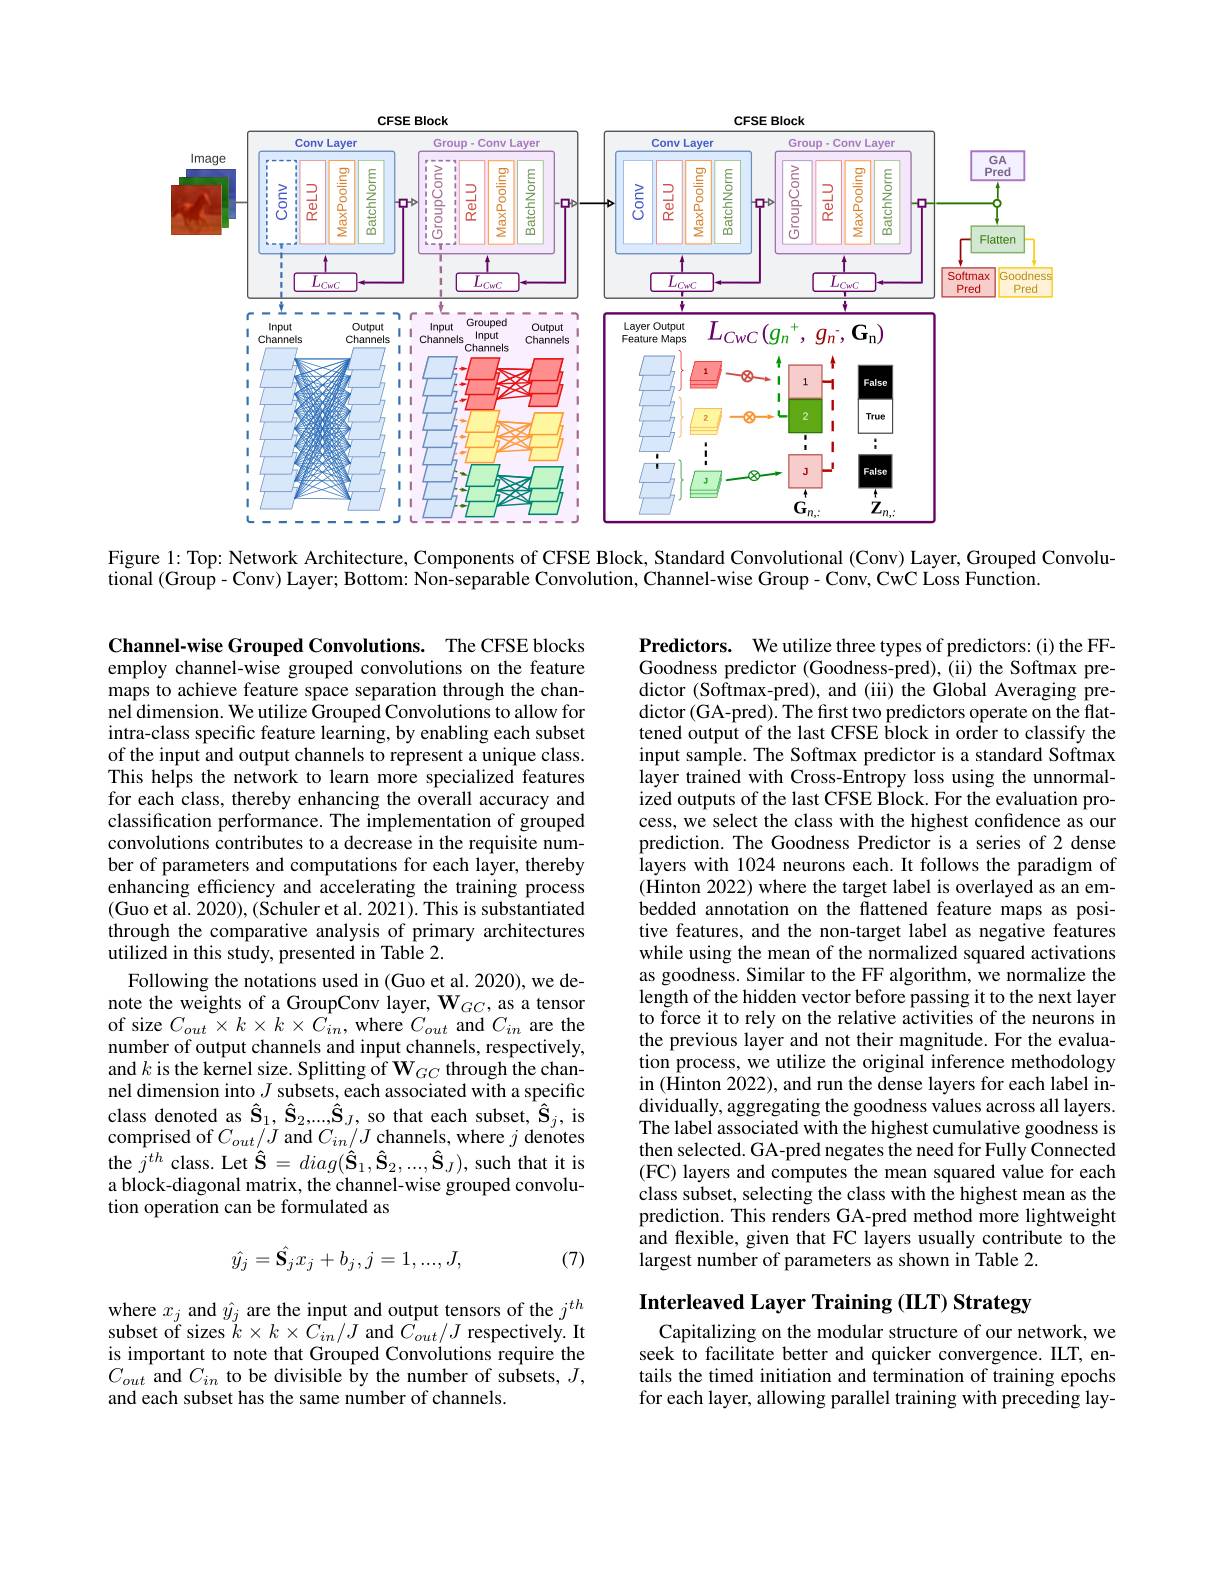
<FigureHere>

Figure 1: Top: Network Architecture, Components of CFSE Block, Standard Convolutional (Conv) Layer, Grouped Convolu-
tional (Group- Conv) Layer; Bottom: Non-separable Convolution, Channel-wise Group- Conv, CwC Loss Function.

Channel-wise Grouped Convolutions. The CFSE blocks employ channel-wise grouped convolutions on the feature maps to achieve feature space separation through the channel dimension. We utilize Grouped Convolutions to allow for intra-class specific feature learning, by enabling each subset of the input and output channels to represent a unique class. This helps the network to learn more specialized features for each class, thereby enhancing the overall accuracy and classification performance. The implementation of grouped convolutions contributes to a decrease in the requisite number of parameters and computations for each layer, thereby enhancing efficiency and accelerating the training process (Guo et al. 2020), (Schuler et al. 2021). This is substantiated through the comparative analysis of primary architectures utilized in this study, presented in Table 2.
Following the notations used in (Guo et al. 2020), we denote the weights of a GroupConv layer, $\mathbf{W}_{GC}$, as a tensor of size $C_{out}\times k\times k\times C_{in}$, where $C_out$ and $C_{in}$ are the number of output channels and input channels, respectively, and $k$ is the kernel size. Splitting of $\mathbf{W}_GC$ through the channel dimension into $J$ subsets, each associated with a specific class denoted as $\hat{\mathbf{S}}_1,\hat{\mathbf{S}}_2,...,\hat{\mathbf{S}}_J$, so that each subset, $\hat{\mathbf{S}}_j$, is comprised of $C_{out}/J$ and $C_{in}/J$ channels, where $j$ denotes the $j^{th}$ class. Let $\hat{\mathbf{S}}=diag(\hat{\mathbf{S}}_{1},\hat{\mathbf{S}}_{2},...,\hat{\mathbf{S}}_{J})$, such that it is a block-diagonal matrix, the channel-wise grouped convolution operation can be formulated as

Predictors. We utilize three types of predictors:(i) the FFGoodness predictor (Goodness-pred), (ii) the Softmax predictor (Softmax-pred), and (iii) the Global Averaging predictor (GA-pred). The first two predictors operate on the flattened output of the last CFSE block in order to classify the input sample. The Softmax predictor is a standard Softmax layer trained with Cross-Entropy loss using the unnormalized outputs of the last CFSE Block. For the evaluation process, we select the class with the highest confidence as our prediction. The Goodness Predictor is a series of 2 dense layers with 1024 neurons each. It follows the paradigm of (Hinton 2022) where the target label is overlayed as an embedded annotation on the flattened feature maps as positive features, and the non-target label as negative features while using the mean of the normalized squared activations as goodness. Similar to the FF algorithm, we normalize the length of the hidden vector before passing it to the next layer to force it to rely on the relative activities of the neurons in the previous layer and not their magnitude. For the evaluation process, we utilize the original inference methodology in (Hinton 2022), and run the dense layers for each label individually, aggregating the goodness values across all layers. The label associated with the highest cumulative goodness is then selected. GA-pred negates the need for Fully Connected (FC) layers and computes the mean squared value for each class subset, selecting the class with the highest mean as the prediction. This renders GA-pred method more lightweight and flexible, given that FC layers usually contribute to the largest number of parameters as shown in Table 2.

(7)
$$\hat{y_j}=\hat{\mathbf{S}_j}x_j+b_j,j=1,...,J,$$
Interleaved Layer Training (IILT) Strategy

where $x_j$ and $\hat{y}_j$ are the input and output tensors of the $j^{th}$ subset of sizes $\ddot{k}\times k\times C_{in}/J$ and $\bar{C}_{out}/J$ respectively. It is important to note that Grouped Convolutions require the $C_{out}$ and $C_in$ to be divisible by the number of subsets, $J$, and each subset has the same number of channels.

Capitalizing on the modular structure of our network, we seek to facilitate better and quicker convergence. ILT, entails the timed initiation and termination of training epochs for each layer, allowing parallel training with preceding lay-